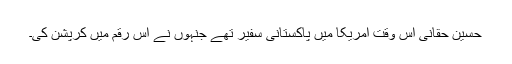
حسین حقانی اس وقت امریکا میں پاکستانی سفیر تھے جنہوں نے اس رقم میں کرپشن کی۔